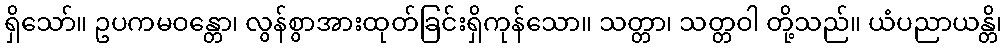
ရှိသော်။ ဥပကမဝန္တော၊ လွန်စွာအားထုတ်ခြင်းရှိကုန်သော။ သတ္တာ၊ သတ္တဝါ တို့သည်။ ယံပညာယန္တိ၊